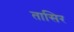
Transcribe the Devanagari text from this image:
तासिर